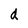
Character: d